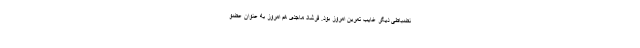
نضباطی دیگر غایب تمرین امروز بود. فرشاد ماجدی هم امروز به عنوان عضو